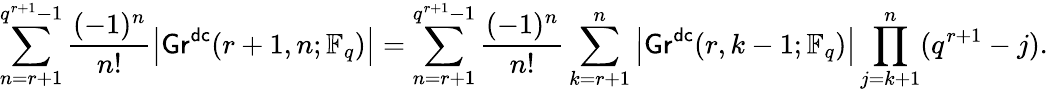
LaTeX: \sum_{n=r+1}^{q^{r+1}-1}\frac{(-1)^{n}}{n!}\left|\mathsf{Gr}^{\mathsf{dc}}(r+1,n;\mathbb{F}_{q})\right|=\sum_{n=r+1}^{q^{r+1}-1}\frac{(-1)^{n}}{n!}\sum_{k=r+1}^{n}\left|\mathsf{Gr}^{\mathsf{dc}}(r,k-1;\mathbb{F}_{q})\right|\prod_{j=k+1}^{n}(q^{r+1}-j).